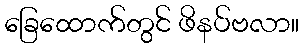
ခြေထောက်တွင် ဖိနပ်ဗလာ။